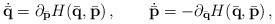
LaTeX: \begin{align*}\dot{\bar{\mathbf{q}}}=\partial_{\bar{\bf p}}H(\bar{\mathbf{q}},\bar{\mathbf{p}})\,,\qquad\dot{\bar{\mathbf{p}}}=-\partial_{\bar{\bf q}}H(\bar{\mathbf{q}},\bar{\mathbf{p}})\,,\end{align*}